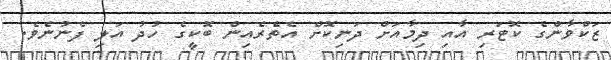
ޒަކްވާންގެ ކޮޓަރި އާއި ދިމާއަށް ދަނިކޮށް އެތެރެއިން ބޮކީގެ ހުދު އަލި ފެނުނެވެ.